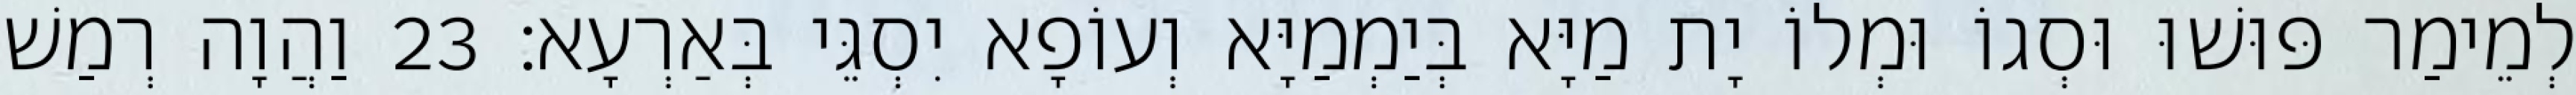
לְמֵימַר פּוּשׁוּ וּסְגוֹ וּמְלוֹ יָת מַיָּא בְּיַמְמַיָּא וְעוֹפָא יִסְגֵּי בְּאַרְעָא׃ 23 וַהֲוָה רְמַשׁ